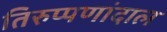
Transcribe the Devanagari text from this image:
तिरुप्पणांदाल